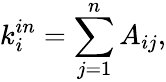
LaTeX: k_{i}^{in}=\sum_{j=1}^{n}A_{ij},